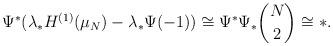
LaTeX: \begin{align*}\Psi^*(\lambda_*H^{(1)}(\mu_N) - \lambda_*\Psi(-1)) \cong \Psi^*\Psi_*\binom{N}{2} \cong *.\end{align*}